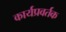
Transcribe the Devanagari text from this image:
कार्यप्रवर्तक